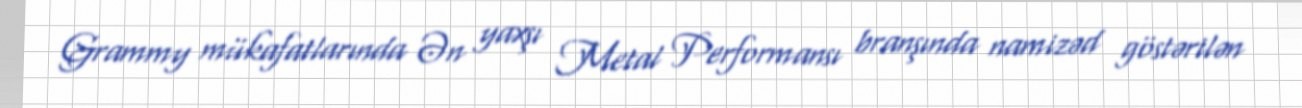
Grammy mükafatlarında Ən yaxşı Metal Performansı branşında namizəd göstərilən